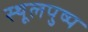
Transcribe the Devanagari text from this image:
स्थूलपुष्प